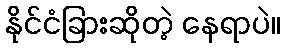
နိုင်ငံခြားဆိုတဲ့ နေရာပဲ။